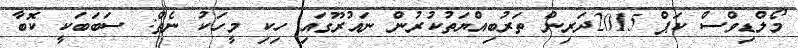
މޯލްޑިވްސް ކަޕް 2015ދަރިން ތަރުބިއްޔަތުކުރުން ނައުރޫގައި ހިކި މީހަކު ނެތް: ސަބަބަކީ ކޮބާ